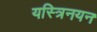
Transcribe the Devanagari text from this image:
यस्त्रिनयन